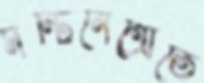
মন্টিনেগ্রোতে